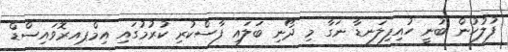
ފުލުހުން ބުނީ ހުއިފިލަނޑާ ނަގާ މި ދޯނި ބަލައި ފާސްކުރި ކުރުމުގައި އިމްޕއރޮވައިސްޑް